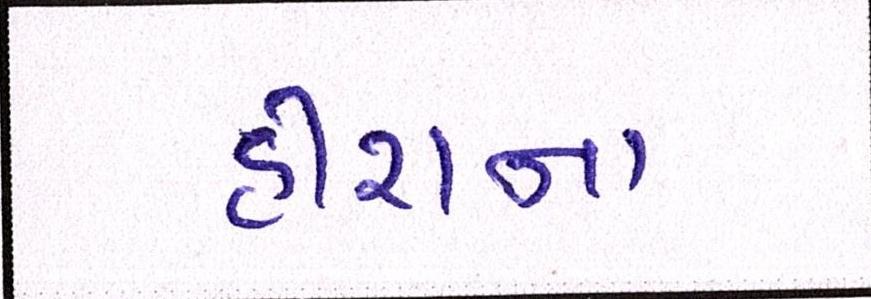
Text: હીરાના